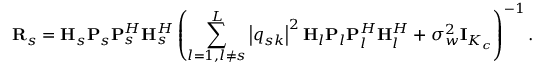
\mathbf { R } _ { s } = \mathbf { H } _ { s } \mathbf { P } _ { s } \mathbf { P } _ { s } ^ { H } \mathbf { H } _ { s } ^ { H } \left( \sum _ { l = 1 , l \neq s } ^ { L } \left| q _ { s k } \right| ^ { 2 } \mathbf { H } _ { l } \mathbf { P } _ { l } \mathbf { P } _ { l } ^ { H } \mathbf { H } _ { l } ^ { H } + \sigma _ { w } ^ { 2 } \mathbf { I } _ { K _ { c } } \right) ^ { - 1 } .